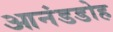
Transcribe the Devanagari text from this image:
आनंडडोह